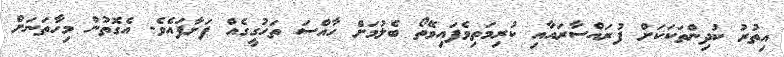
އިތުރު ކުދިންތަކަކަށް ފުރައްސާރައާއި ކުރިމަތިވެފައިވޭތޯ ބެލުމަށް ހާއްސަ ތަހުގީގެއް ފަށާފައެވެ. އެގޮތުން މިހާތަނަށް